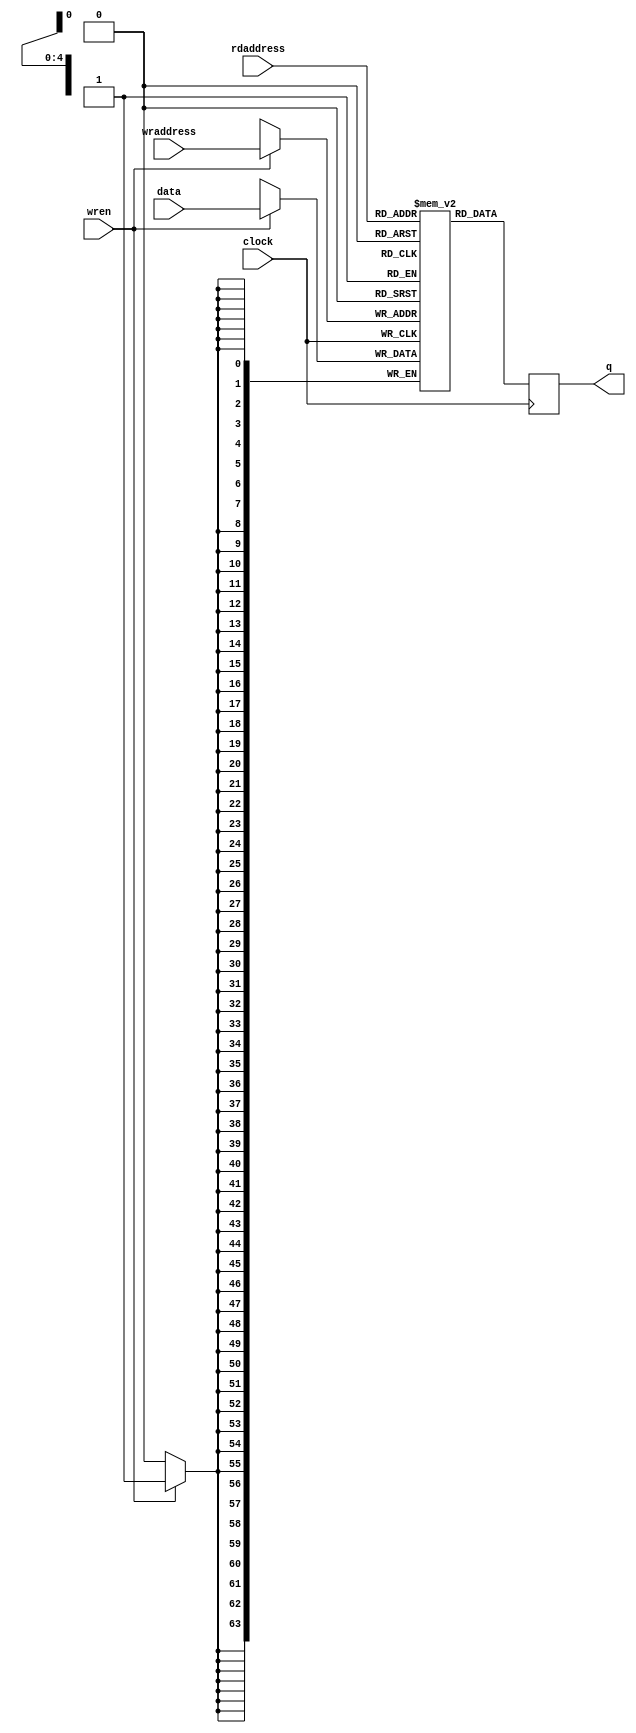
module ram_64x32_2p
	(
	input			clock,
	input			wren,
	input	[4:0]		wraddress,
	input	[4:0]		rdaddress,
	input	[63:0]		data,
	output	reg	[63:0]	q 
	);

reg	[63:0]	mem_a [0:31];

always @(posedge clock) if(wren) mem_a[wraddress] <= data;

always @(posedge clock) q <= mem_a[rdaddress];


endmodule